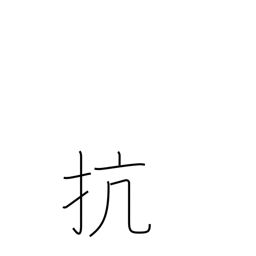
Meaning: defy